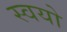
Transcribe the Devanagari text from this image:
स्वयो